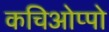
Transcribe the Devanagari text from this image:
कचिओप्पो